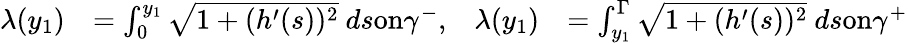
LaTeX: \begin{array}{rlrl}{\lambda(y_{1})}&{=\int_{0}^{y_{1}}\sqrt{1+(h^{\prime}(s))^{2}}\ ds\textnormal{on}\gamma^{-},}&{\lambda(y_{1})}&{=\int_{y_{1}}^{\Gamma}\sqrt{1+(h^{\prime}(s))^{2}}\ ds\textnormal{on}\gamma^{+}}\end{array}